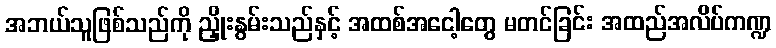
အဘယ်သူဖြစ်သည်ကို ညှိုးနွမ်းသည်နှင့် အထစ်အငေါ့တွေ မတင်ခြင်း အထည်အလိပ်ကဏ္ဍ